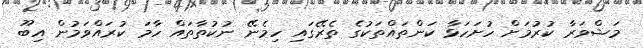
މަޝްވަރާ ކުރުމަށް ހުށަހަޅާ ކަންތައްތަކުގެ ތެރޭގައި ހިމެނޭ ނުކުތާތައް ހާމަ ކުރައްވަމުން އިބޫ